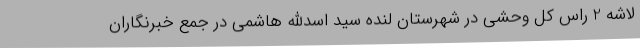
لاشه 2 راس کل وحشی در شهرستان لنده سید اسدالله هاشمی در جمع خبرنگاران